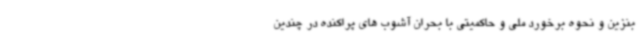
بنزین و نحوه برخورد ملی و حاکمیتی با بحران آشوب های پراکنده در چندین